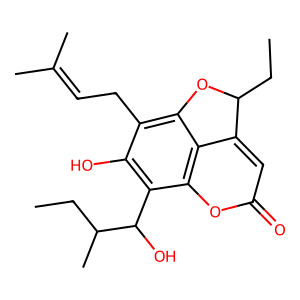
SMILES: CCC1Oc2c(CC=C(C)C)c(O)c(C(O)C(C)CC)c3oc(=O)cc1c23
Inhibits HIV replication: No